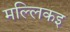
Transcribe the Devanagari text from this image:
मल्लिकइ